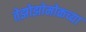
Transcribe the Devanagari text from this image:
तेझोझोमोकच्या